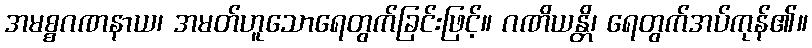
အမစ္စဂဏနာယ၊ အမတ်ဟူသောရေတွက်ခြင်းဖြင့်။ ဂဏိယန္တိ၊ ရေတွက်အပ်ကုန်၏။